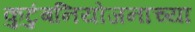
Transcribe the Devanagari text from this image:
कुटुंबनियोजनाच्या